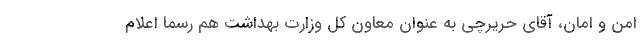
امن و امان، آقای حریرچی به عنوان معاون کل وزارت بهداشت هم رسماً اعلام